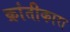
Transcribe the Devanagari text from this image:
क्रांतीकारा